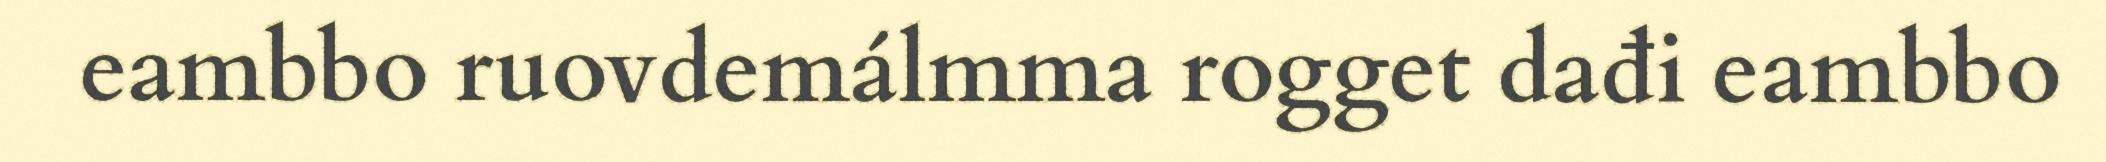
eambbo ruovdemálmma rogget dađi eambbo